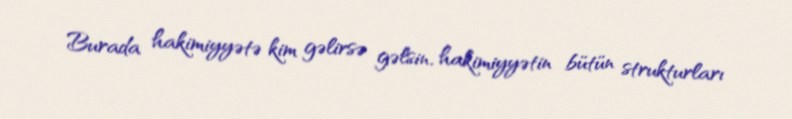
Burada hakimiyyətə kim gəlirsə gəlsin, hakimiyyətin bütün strukturları